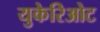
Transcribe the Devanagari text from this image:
युकेरिओट